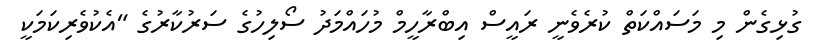
ގުޅިގެން މި މަސައްކަތް ކުރެވެނީ ރައީސް އިބްރާހީމް މުހައްމަދު ސޯލިހުގެ ސަރުކާރުގެ "އެކުވެރިކަމަކީ